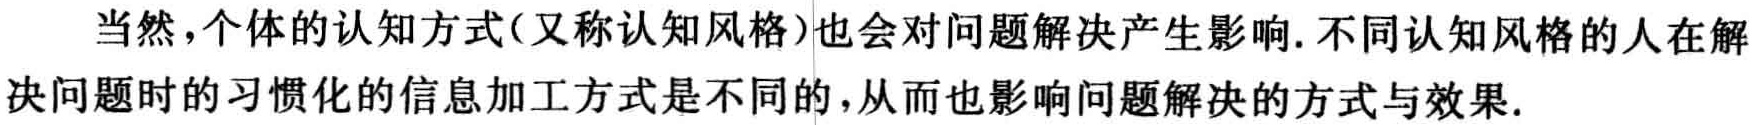
当然，个体的认知方式(又称认知风格)也会对问题解决产生影响. 不同认知风格的人在解决问题时的习惯化的信息加工方式是不同的，从而也影响问题解决的方式与效果.